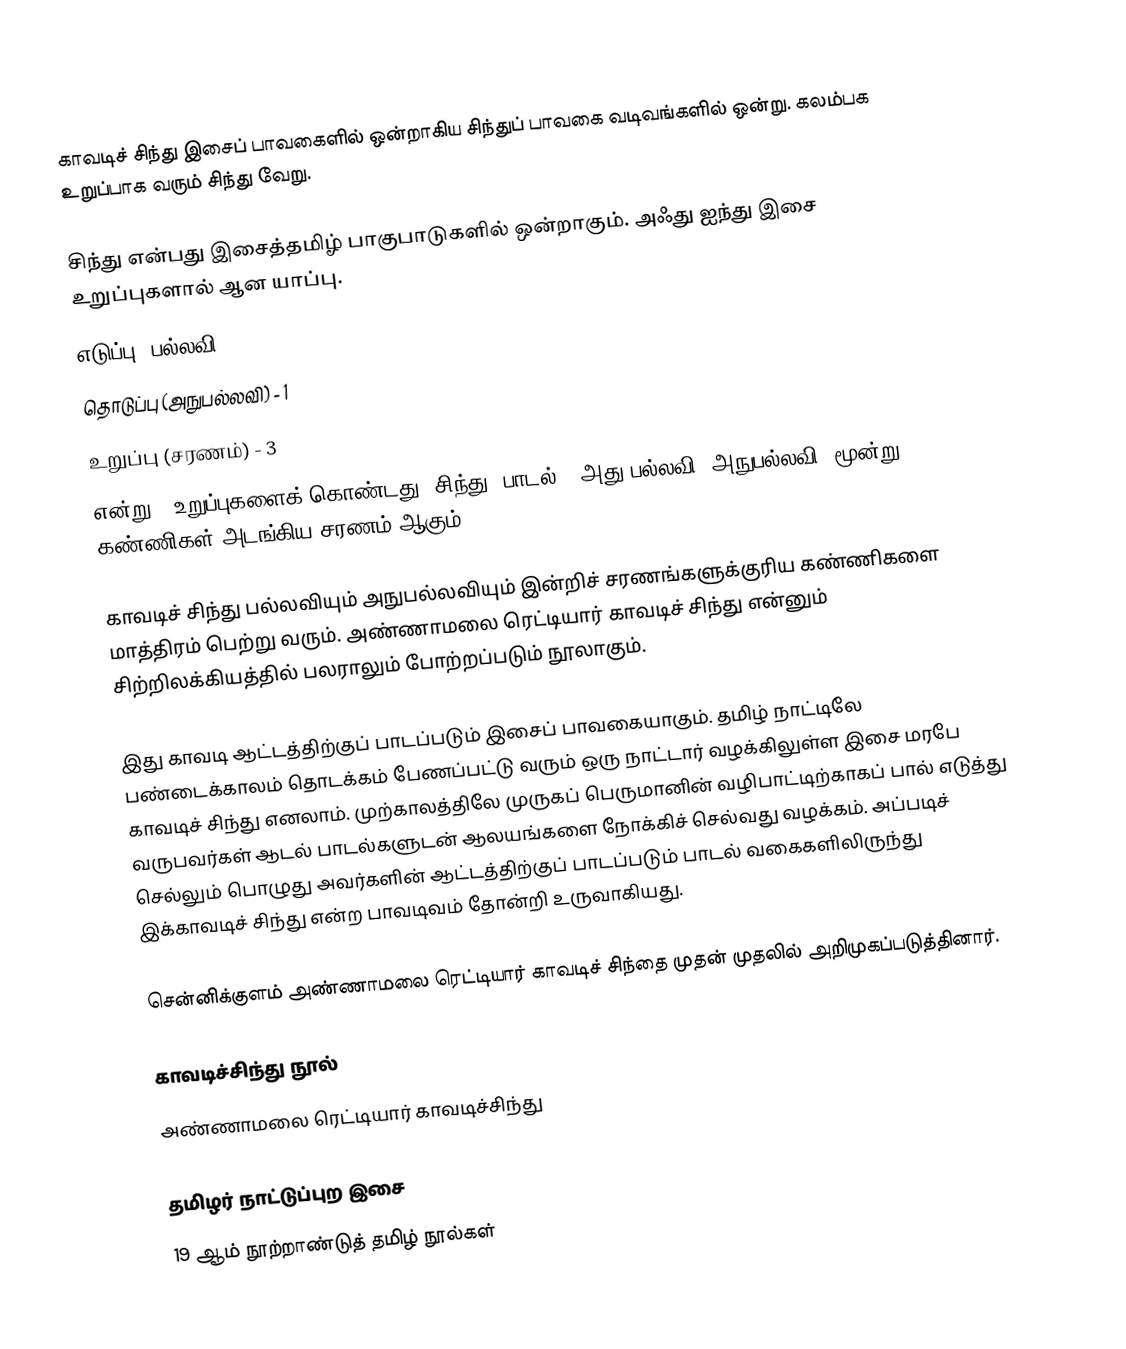
காவடிச் சிந்து இசைப் பாவகைளில் ஒன்றாகிய சிந்துப் பாவகை வடிவங்களில் ஒன்று.  கலம்பக உறுப்பாக வரும் சிந்து வேறு.

சிந்து என்பது இசைத்தமிழ் பாகுபாடுகளில் ஒன்றாகும். அஃது ஐந்து இசை உறுப்புகளால் ஆன யாப்பு.
 எடுப்பு (பல்லவி) - 1
 தொடுப்பு (அநுபல்லவி) - 1
 உறுப்பு (சரணம்) - 3
என்று 5 உறுப்புகளைக் கொண்டது ‘சிந்து’ பாடல். (அது பல்லவி, அநுபல்லவி, மூன்று கண்ணிகள் அடங்கிய சரணம் ஆகும்.)

காவடிச் சிந்து பல்லவியும் அநுபல்லவியும் இன்றிச் சரணங்களுக்குரிய கண்ணிகளை மாத்திரம் பெற்று வரும். அண்ணாமலை ரெட்டியார் காவடிச் சிந்து என்னும் சிற்றிலக்கியத்தில் பலராலும் போற்றப்படும் நூலாகும்.

இது காவடி ஆட்டத்திற்குப் பாடப்படும் இசைப் பாவகையாகும். தமிழ் நாட்டிலே பண்டைக்காலம் தொடக்கம் பேணப்பட்டு வரும் ஒரு நாட்டார் வழக்கிலுள்ள இசை மரபே காவடிச் சிந்து எனலாம். முற்காலத்திலே முருகப் பெருமானின் வழிபாட்டிற்காகப் பால் எடுத்து வருபவர்கள் ஆடல் பாடல்களுடன் ஆலயங்களை நோக்கிச் செல்வது வழக்கம். அப்படிச் செல்லும் பொழுது அவர்களின் ஆட்டத்திற்குப் பாடப்படும் பாடல் வகைகளிலிருந்து இக்காவடிச் சிந்து என்ற பாவடிவம் தோன்றி உருவாகியது.

சென்னிக்குளம் அண்ணாமலை ரெட்டியார் காவடிச் சிந்தை முதன் முதலில் அறிமுகப்படுத்தினார்.

காவடிச்சிந்து நூல்
 அண்ணாமலை ரெட்டியார் காவடிச்சிந்து

தமிழர் நாட்டுப்புற இசை
19 ஆம் நூற்றாண்டுத் தமிழ் நூல்கள்